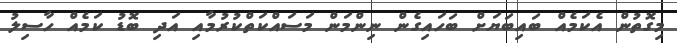
މިގޮތުން އެކަމެއް ބައިބަޔަށް ބަހައިގެން ނިންމަން މަސައްކަތްކުރުމާއި އަދި ބޮޑު ކަމެއް ހާސިލު